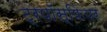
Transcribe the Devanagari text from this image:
ट्रपॉस्फियर